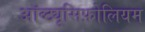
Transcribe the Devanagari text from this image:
ऑब्ट्यूसिफ़ोलियम